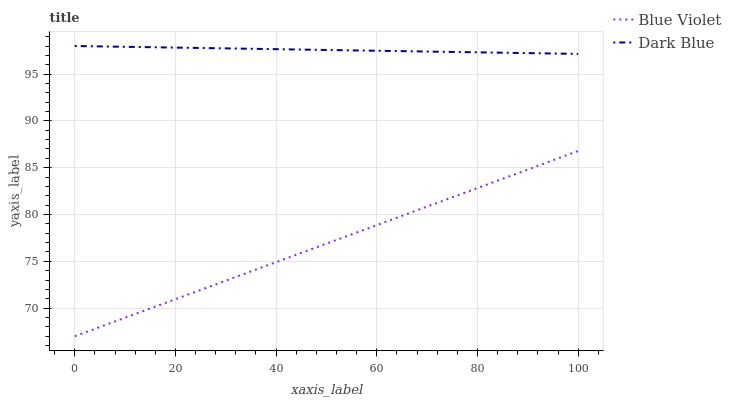
| xaxis_label | Blue Violet | Dark Blue |
 | --- | --- | --- |
 | 0 | 67 | 98 |
 | 8.33 | 68.6 | 97.9 |
 | 16.7 | 70.3 | 97.9 |
 | 25 | 71.9 | 97.8 |
 | 33.3 | 73.6 | 97.7 |
 | 41.7 | 75.2 | 97.6 |
 | 50 | 76.9 | 97.6 |
 | 58.3 | 78.5 | 97.5 |
 | 66.7 | 80.2 | 97.4 |
 | 75 | 81.8 | 97.4 |
 | 83.3 | 83.5 | 97.3 |
 | 91.7 | 85.1 | 97.2 |
 | 100 | 86.8 | 97.2 |